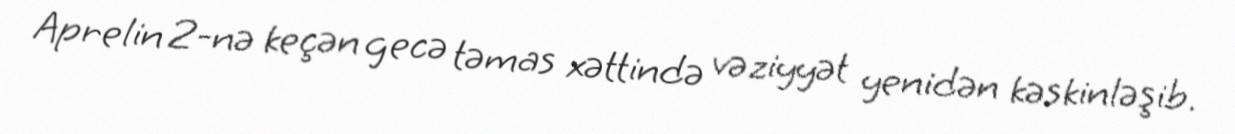
Aprelin 2-nə keçən gecə təmas xəttində vəziyyət yenidən kəskinləşib.